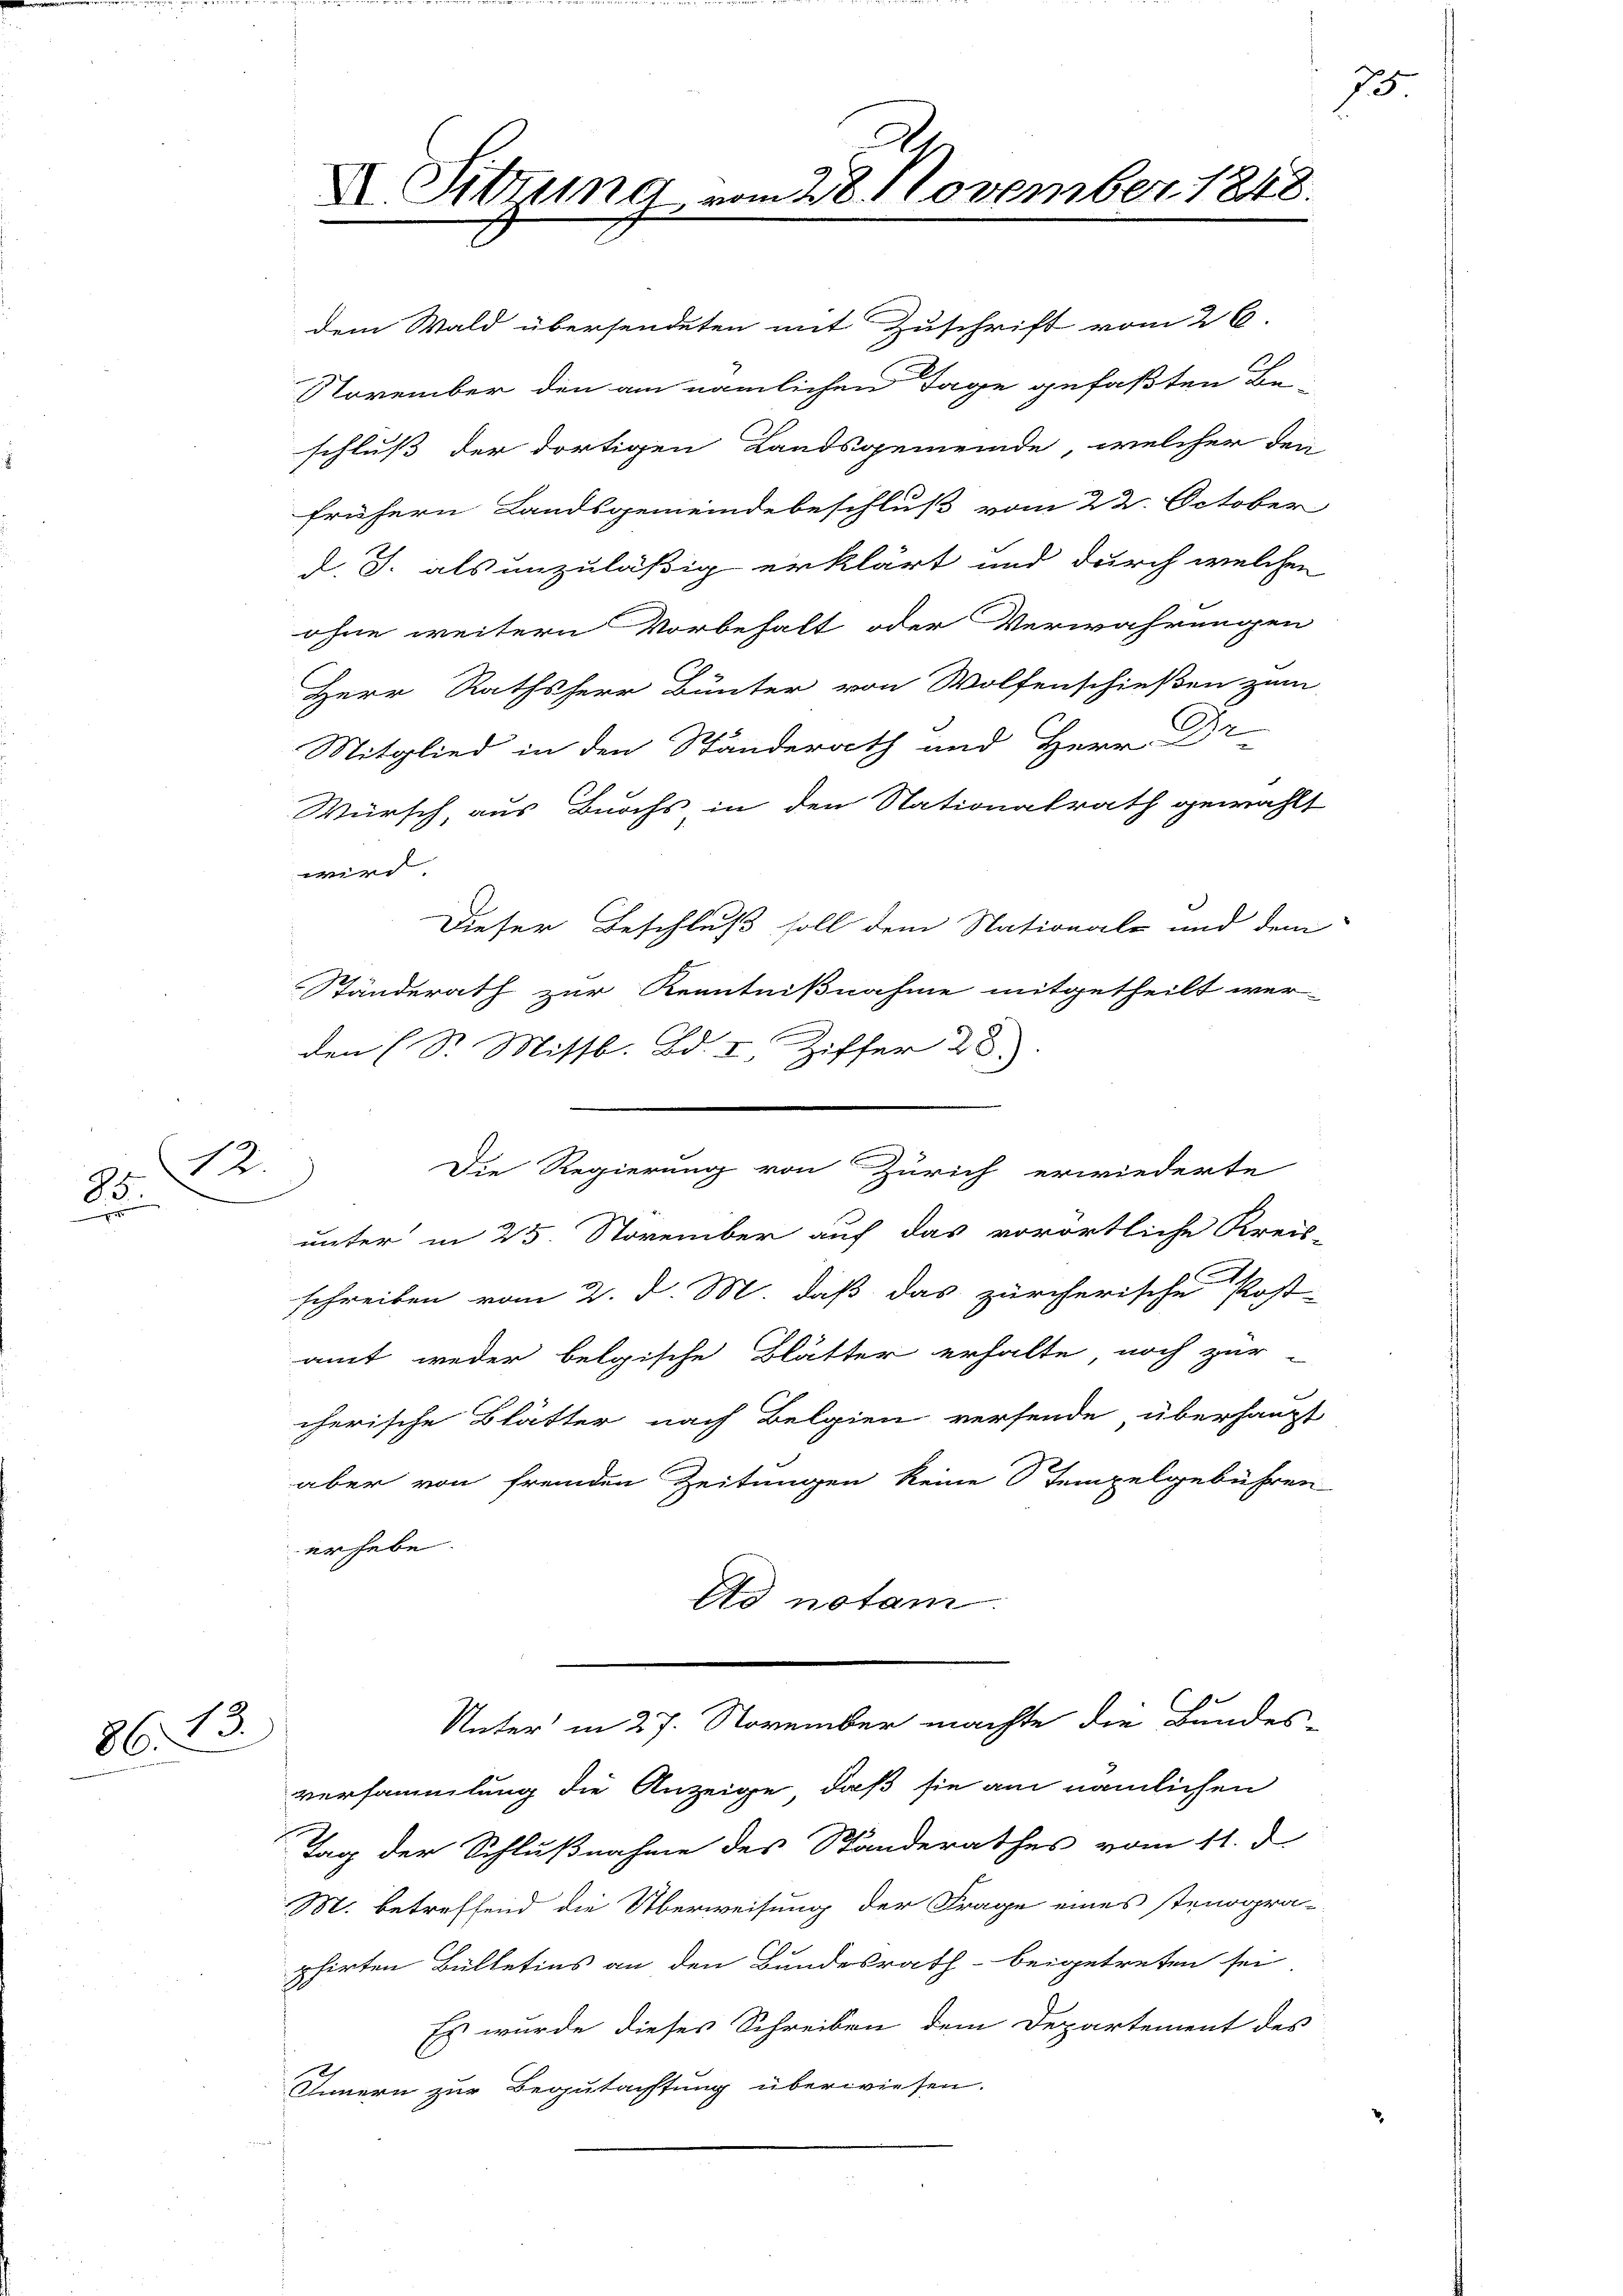
12.
85.

86. 23.

dem Wald übersendeten mit Zuschrift vom 26.
November den am nämlichen Tage gefaßten Beschluß der dortigen Landsgemeinde, welcher den
frühern Landsgemeindebeschluß vom 22. October
d. J. als unzuläßig erklärt und durch welchen
ohne weitern Vorbehalt oder Verwahrungen
Herr Rathsherr Bunter von Wolfenschießen zum
Mitglied in den Ständerath und Herr Dr
Wursch, aus Buchs in den Stationalrath gewählt
wird
Dieser Beschluß soll dem Nationale und dem
Ständerath zur Kenntnißnahme mitgetheilt wer-
den (S. Missb. Bd. I. Ziffer 28.
unter in 25. November auf das vorörtliche Kreis-
g
schreiben vom 2. d. M. daß das zürcherische Post-
amt weder belgische Blätter erhalte noch zur
cherische Blätter nach Belgien versende, überhaupt
aber von fremden Zeitungen keine Tempelgebühren
erhebe.
ds notai
Unter in 27. November machte die Bundes-
versammlung die Anzeige, daß sie am nämlichen
Tag der Schlußnahme des Standerathes vom 11. d.
M. betreffend die Überweisung der Frage eines stenogra-
phirten Bülletins an den Bundesrath beigetreten sei
Es wurde dieses Schreiben dem Departement des
Innern zur Begutachtung überwiesen.

X. Sitzung vom 28. November 1848.

Die Regierung von Zürich erwiederte

J